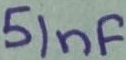
Text: 51nF